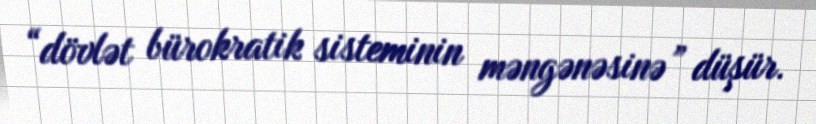
“dövlət bürokratik sisteminin məngənəsinə” düşür.